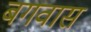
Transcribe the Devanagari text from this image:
बगवास